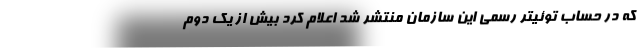
که در حساب توئیتر رسمی این سازمان منتشر شد اعلام کرد بیش از یک دوم